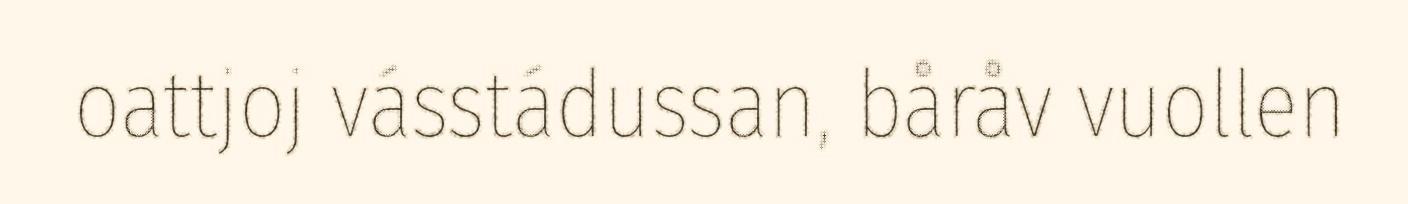
oattjoj vásstádussan, båråv vuollen